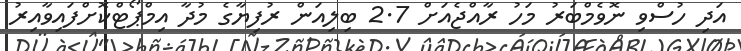
އަދި ހުސްވި ނޮވެމްބަރު މަހު ރާއްޖެއަށް 2.7 ބިލިއަން ރުފިޔާގެ މުދާ އިމްޕޯޓްކޮށްފައިވާއިރު